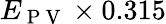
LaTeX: E_{\mathrm{~P~V~}}\times 0.315